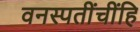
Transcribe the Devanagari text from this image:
वनस्पतींचींहि